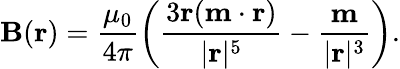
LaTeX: \mathbf{B}(\mathbf{r})=\frac{\mu_{0}}{4\pi}\left(\frac{3\mathbf{r}(\mathbf{m}\cdot\mathbf{r})}{|\mathbf{r}|^{5}}-\frac{\mathbf{m}}{|\mathbf{r}|^{3}}\right).